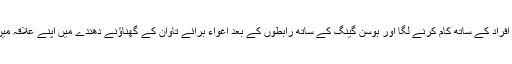
پھر وہ خود مویشی چوروں اور دوسرے جرائم پیشہ افراد کے ساتھ کام کرنے لگا اور بوسن گینگ کے ساتھ رابطوں کے بعد اغواء برائے تاوان کے گھناؤنے دھندے میں اپنے علاقہ میں محفوظ پناہ گاہ ہو نے کی وجہ سے بڑا نام بن گیا۔